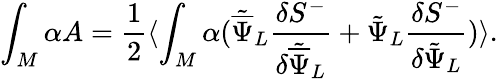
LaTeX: \int_{M}\alpha A={\frac{1}{2}}\langle\int_{M}\alpha({\tilde{\overline{{\Psi}}}}_{L}{\frac{\delta{S}^{-}}{\delta{\tilde{\overline{{\Psi}}}}_{L}}}+{\tilde{\Psi}}_{L}{\frac{\delta{S}^{-}}{\delta{\tilde{\Psi}}_{L}}})\rangle.